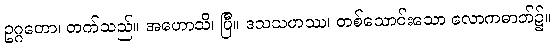
ဥဂ္ဂတော၊ တက်သည်။ အဟောသိ၊ ပြီ။ ဒသသဟဿ၊ တစ်သောင်းသော လောကဓာတ်၌။